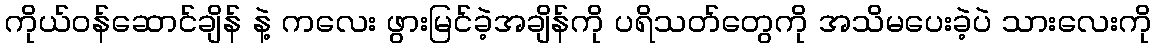
ကိုယ်ဝန်ဆောင်ချိန် နဲ့ ကလေး ဖွားမြင်ခဲ့အချိန်ကို ပရိသတ်တွေကို အသိမပေးခဲ့ပဲ သားလေးကို